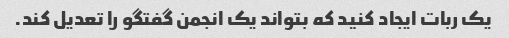
یک ربات ایجاد کنید که بتواند یک انجمن گفتگو را تعدیل کند.